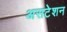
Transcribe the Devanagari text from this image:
असटेशन